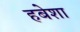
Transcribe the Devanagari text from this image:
हबेशा